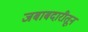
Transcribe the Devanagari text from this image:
जबाबदारीतून